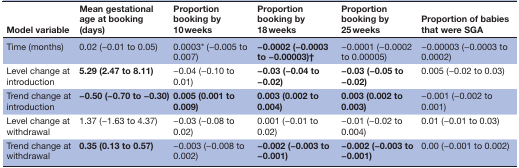
<table><thead><tr><td><b>Model variable</b></td><td><b>Mean gestational age at booking (days)</b></td><td><b>Proportion booking by 10 weeks</b></td><td><b>Proportion booking by 18 weeks</b></td><td><b>Proportion booking by 25 weeks</b></td><td><b>Proportion of babies that were SGA</b></td></tr></thead><tbody><tr><td>Time (months)</td><td>0.02 (−0.01 to 0.05)</td><td>0.0003* (−0.005 to 0.007)</td><td><b>−0.0002 (−0.0003 to −0.00003)†</b></td><td>−0.0001 (−0.0002 to 0.00005)</td><td>−0.00003 (−0.0003 to 0.0002)</td></tr><tr><td>Level change at introduction</td><td><b>5.29 (2.47 to 8.11)</b></td><td>−0.04 (−0.10 to 0.01)</td><td><b>−0.03 (−0.04 to −0.02)</b></td><td><b>−0.03 (−0.05 to −0.02)</b></td><td>0.005 (−0.02 to 0.03)</td></tr><tr><td>Trend change at introduction</td><td><b>−0.50 (−0.70 to −0.30)</b></td><td><b>0.005 (0.001 to 0.009)</b></td><td><b>0.003 (0.002 to 0.004)</b></td><td><b>0.003 (0.002 to 0.003)</b></td><td>−0.001 (−0.002 to 0.001)</td></tr><tr><td>Level change at withdrawal</td><td>1.37 (−1.63 to 4.37)</td><td>−0.03 (−0.08 to 0.02)</td><td>0.001 (−0.01 to 0.02)</td><td>−0.01 (−0.02 to 0.004)</td><td>0.01 (−0.01 to 0.03)</td></tr><tr><td>Trend change at withdrawal</td><td><b>0.35 (0.13 to 0.57)</b></td><td>−0.003 (−0.008 to 0.002)</td><td><b>−0.002 (−0.003 to −0.001)</b></td><td><b>−0.002 (−0.003 to −0.001)</b></td><td>0.00 (−0.001 to 0.002)</td></tr></tbody></table>